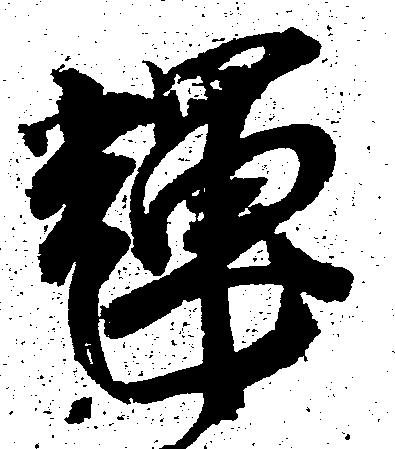
輝